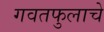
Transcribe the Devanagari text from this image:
गवतफुलाचे